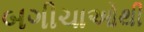
બગીચાઓથી